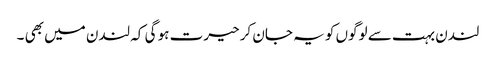
لندن بہت سے لوگوں کو یہ جان کر حیرت ہو گی کہ لندن میں بھی ۔